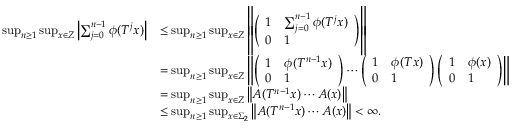
\begin{array} { r l } { \operatorname* { s u p } _ { n \geq 1 } \operatorname* { s u p } _ { x \in Z } \left| \sum _ { j = 0 } ^ { n - 1 } \phi ( T ^ { j } x ) \right| } & { \leq \operatorname* { s u p } _ { n \geq 1 } \operatorname* { s u p } _ { x \in Z } \left\| \left( \begin{array} { l l } { 1 } & { \sum _ { j = 0 } ^ { n - 1 } \phi ( T ^ { j } x ) } \\ { 0 } & { 1 } \end{array} \right) \right\| } \\ & { = \operatorname* { s u p } _ { n \geq 1 } \operatorname* { s u p } _ { x \in Z } \left\| \left( \begin{array} { l l } { 1 } & { \phi ( T ^ { n - 1 } x ) } \\ { 0 } & { 1 } \end{array} \right) \cdots \left( \begin{array} { l l } { 1 } & { \phi ( T x ) } \\ { 0 } & { 1 } \end{array} \right) \left( \begin{array} { l l } { 1 } & { \phi ( x ) } \\ { 0 } & { 1 } \end{array} \right) \right\| } \\ & { = \operatorname* { s u p } _ { n \geq 1 } \operatorname* { s u p } _ { x \in Z } \left\| A ( T ^ { n - 1 } x ) \cdots A ( x ) \right\| } \\ & { \leq \operatorname* { s u p } _ { n \geq 1 } \operatorname* { s u p } _ { x \in \Sigma _ { 2 } } \left\| A ( T ^ { n - 1 } x ) \cdots A ( x ) \right\| < \infty . } \end{array}